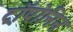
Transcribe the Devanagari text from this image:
ट्रॉपोनिन